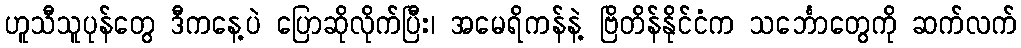
ဟူသီသူပုန်တွေ ဒီကနေ့ပဲ ပြောဆိုလိုက်ပြီး၊ အမေရိကန်နဲ့ ဗြိတိန်နိုင်ငံက သင်္ဘောတွေကို ဆက်လက်